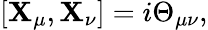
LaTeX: [\mathbf{X}_{\mu},\mathbf{X}_{\nu}]=i\Theta_{\mu\nu},